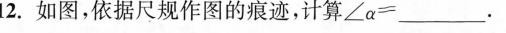
2。如图，依据尺规作图的痕迹，计算$$∠ α = _____.$$